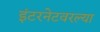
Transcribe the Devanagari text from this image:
इंटरनेटवरल्या